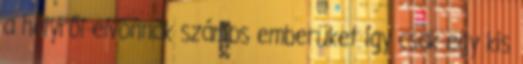
a helyről elvonnak számos emberüket így csak egy kis